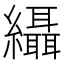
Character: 䌰